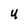
Character: 4